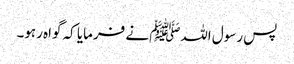
پس رسول اللہﷺ نے فرمایا کہ گواہ رہو۔